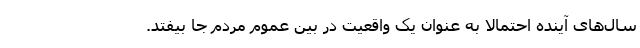
سال‌های آینده احتمالا به عنوان یک واقعیت در بین عموم مردم جا بیفتد.